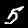
Label: 5